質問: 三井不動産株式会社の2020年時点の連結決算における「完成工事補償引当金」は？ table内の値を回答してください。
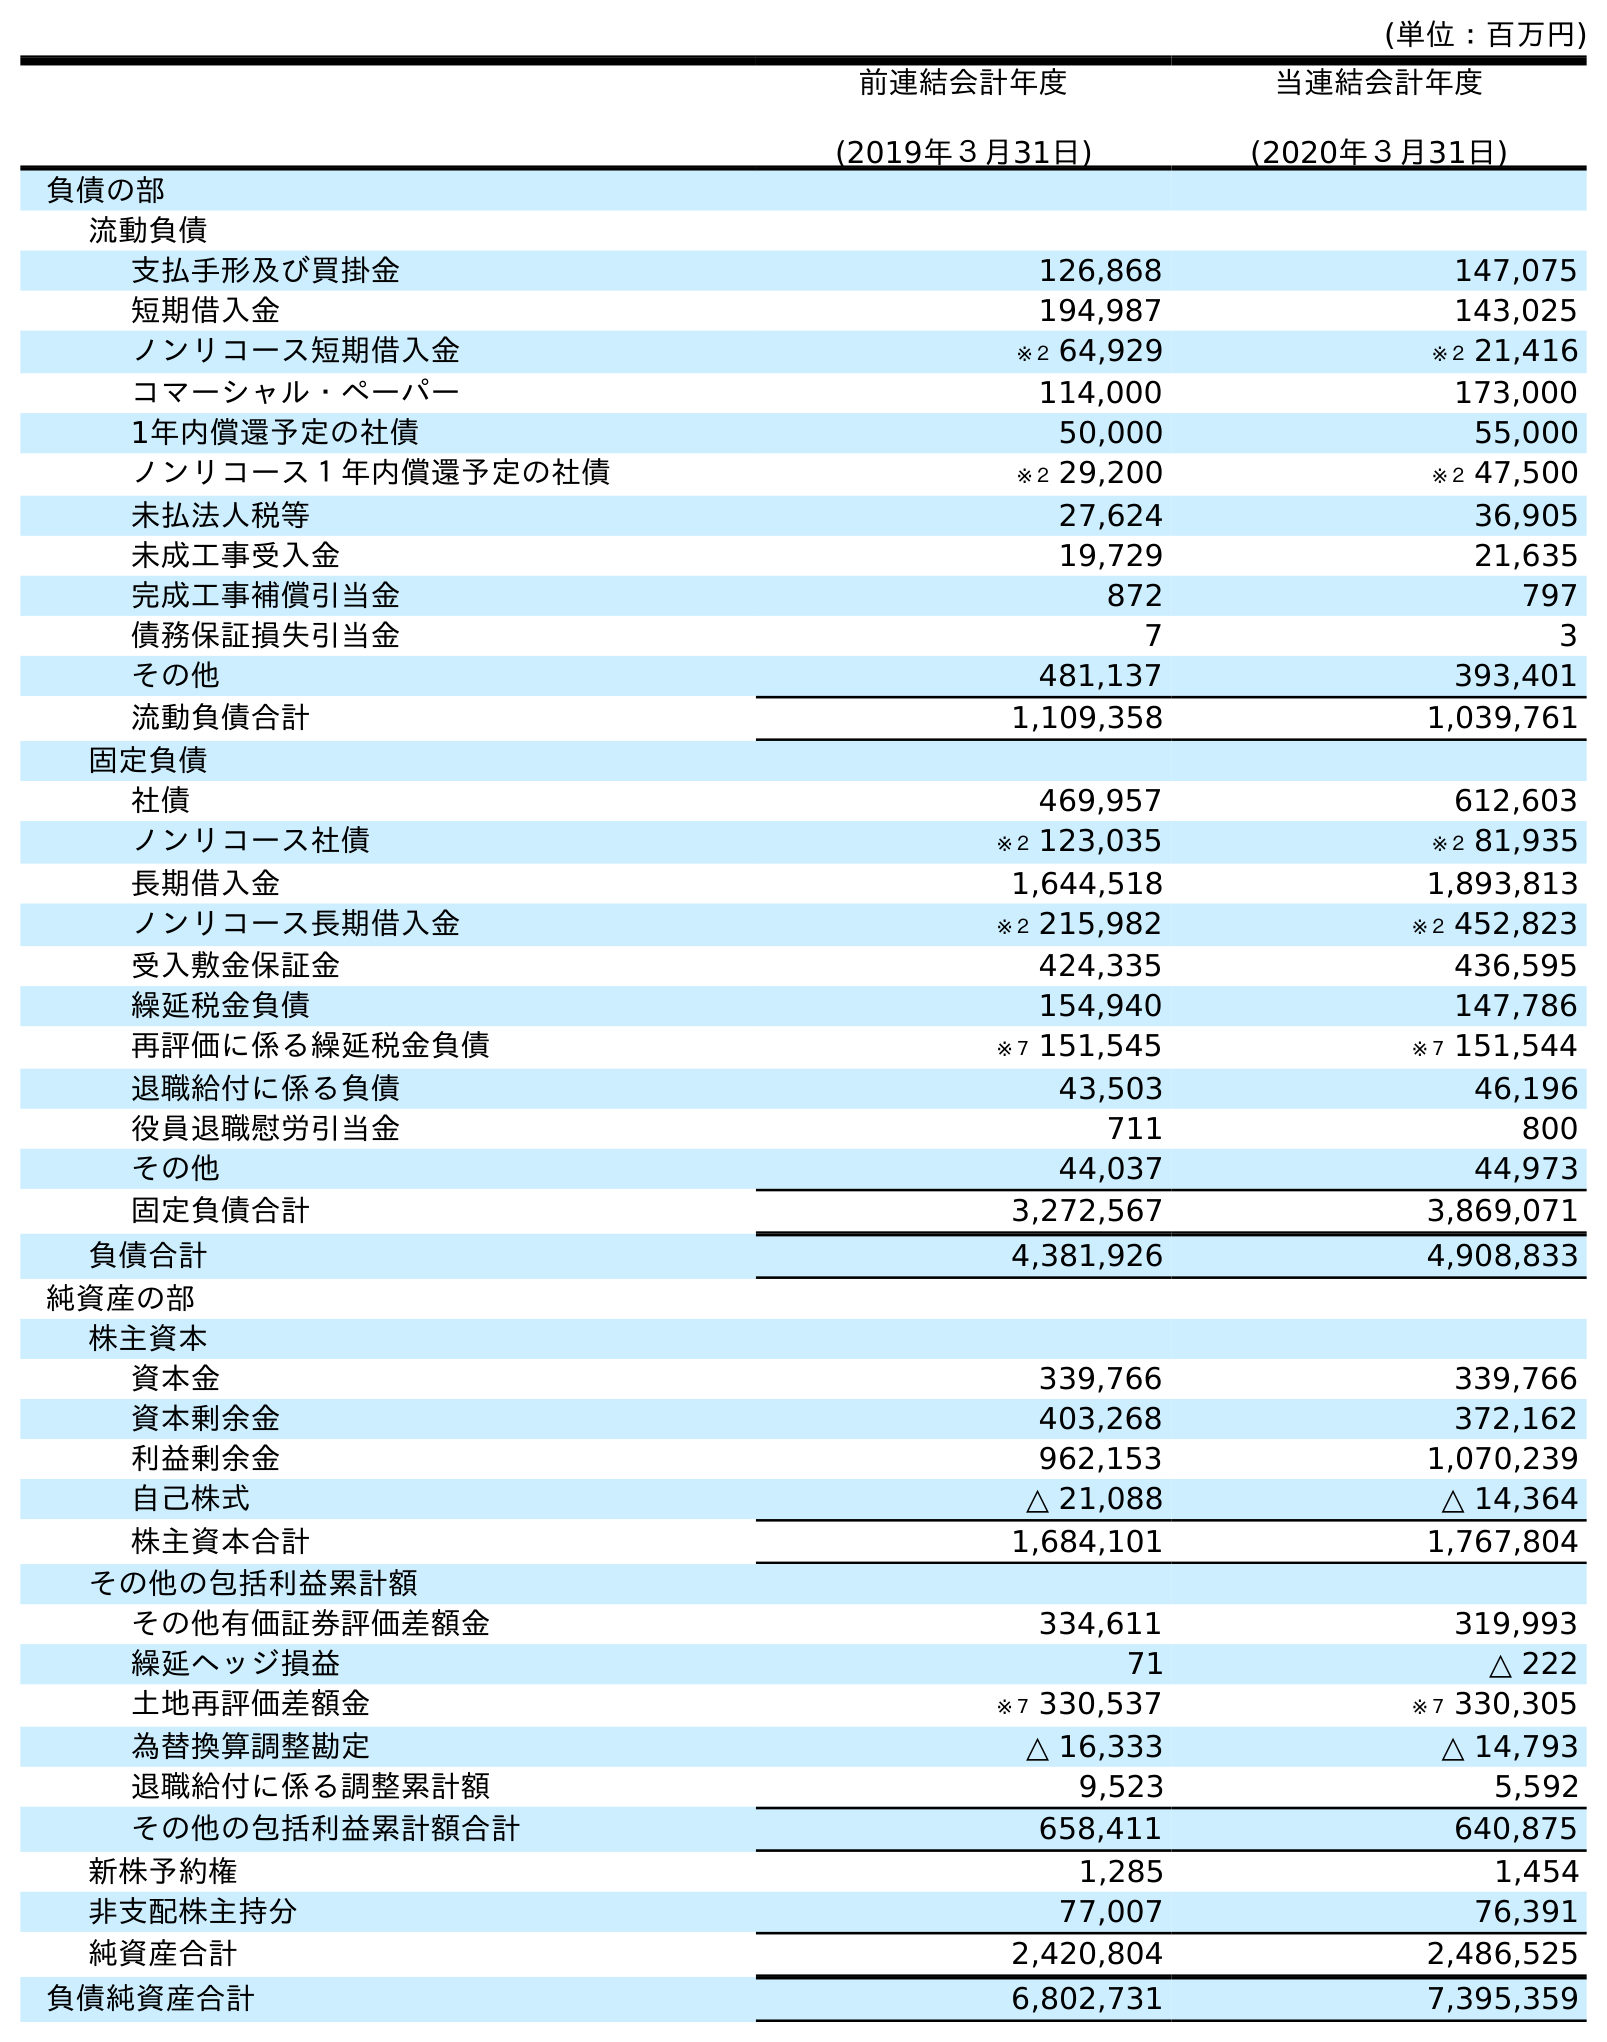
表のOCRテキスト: (単位：百万円) 前連結会計年度 (2019年３月31日) 当連結会計年度 (2020年３月31日) 負債の部 流動負債 支払手形及び買掛金 126,868 147,075 短期借入金 194,987 143,025 ノンリコース短期借入金 ※２ 64,929 ※２ 21,416 コマーシャル・ペーパー 114,000 173,000 1年内償還予定の社債 50,000 55,000 ノンリコース１年内償還予定の社債 ※２ 29,200 ※２ 47,500 未払法人税等 27,624 36,905 未成工事受入金 19,729 21,635 完成工事補償引当金 872 797 債務保証損失引当金 7 3 その他 481,137 393,401 流動負債合計 1,109,358 1,039,761 固定負債 社債 469,957 612,603 ノンリコース社債 ※２ 123,035 ※２ 81,935 長期借入金 1,644,518 1,893,813 ノンリコース長期借入金 ※２ 215,982 ※２ 452,823 受入敷金保証金 424,335 436,595 繰延税金負債 154,940 147,786 再評価に係る繰延税金負債 ※７ 151,545 ※７ 151,544 退職給付に係る負債 43,503 46,196 役員退職慰労引当金 711 800 その他 44,037 44,973 固定負債合計 3,272,567 3,869,071 負債合計 4,381,926 4,908,833 純資産の部 株主資本 資本金 339,766 339,766 資本剰余金 403,268 372,162 利益剰余金 962,153 1,070,239 自己株式 △ 21,088 △ 14,364 株主資本合計 1,684,101 1,767,804 その他の包括利益累計額 その他有価証券評価差額金 334,611 319,993 繰延ヘッジ損益 71 △ 222 土地再評価差額金 ※７ 330,537 ※７ 330,305 為替換算調整勘定 △ 16,333 △ 14,793 退職給付に係る調整累計額 9,523 5,592 その他の包括利益累計額合計 658,411 640,875 新株予約権 1,285 1,454 非支配株主持分 77,007 76,391 純資産合計 2,420,804 2,486,525 負債純資産合計 6,802,731 7,395,359
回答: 797